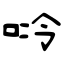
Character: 唥